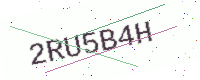
Text: 2RU5B4H